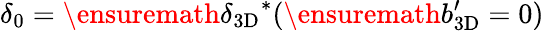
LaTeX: \delta_{0}=\ensuremath{\delta_{\mathrm{3D}}}^{*}(\ensuremath{b_{\mathrm{3D}}^{\prime}}=0)